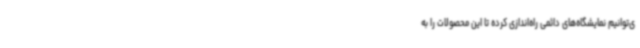
ی‌توانیم نمایشگاه‌های دائمی راه‌اندازی کرده تا این محصولات را به